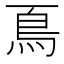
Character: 𩾏